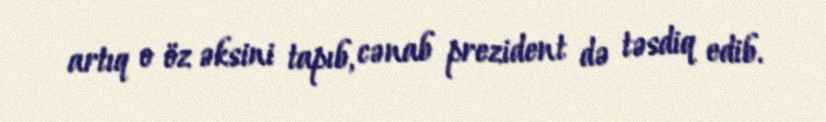
artıq o öz əksini tapıb, cənab prezident də təsdiq edib.